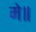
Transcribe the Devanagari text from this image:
मे॥